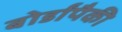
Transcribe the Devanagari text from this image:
बोर्डांपैकी